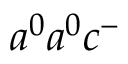
a ^ { 0 } a ^ { 0 } c ^ { - }